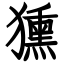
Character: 獯